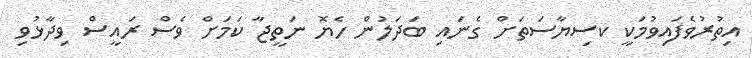
އިތުރުވެފައިވުމަކީ ކސިޔާސަތަށް ގެނައި ބަދަލުން ހެޔޮ ނަތީޖާ ކަމަށް ވެސް ރައީސް ވިދާޅުވި